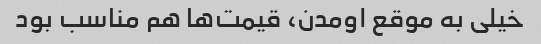
خیلی به موقع اومدن، قیمت‌ها هم مناسب بود